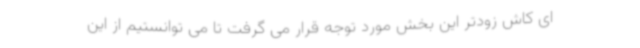
ای کاش زودتر این بخش مورد توجه قرار می گرفت تا می توانستیم از این